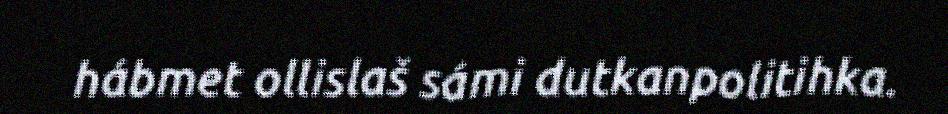
hábmet ollislaš sámi dutkanpolitihka.